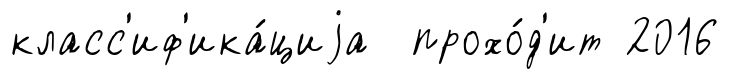
класс'иф'ика́циjа прохо́д'ит 2016